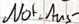
Text: Not-Aus